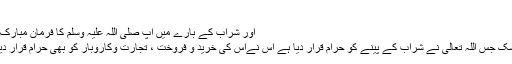
[9]
اور شراب کے بارے میں آپ صلی اللہ علیہ وسلم کا فرمانِ مبارک ہے:
بے شک جس اللہ تعالیٰ نے شراب کے پینے کو حرام قرار دیا ہے اُس نےاُس کی خرید و فروخت ، تجارت وکاروبار کو بھی حرام قرار دیاہے۔